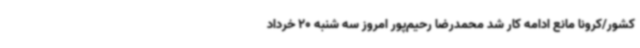
کشور/کرونا مانع ادامه کار شد محمدرضا رحیم‌پور امروز سه شنبه 20 خرداد